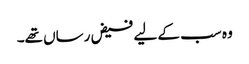
وہ سب کے لیے فیض رساں تھے۔